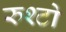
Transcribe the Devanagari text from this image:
रुश्टो